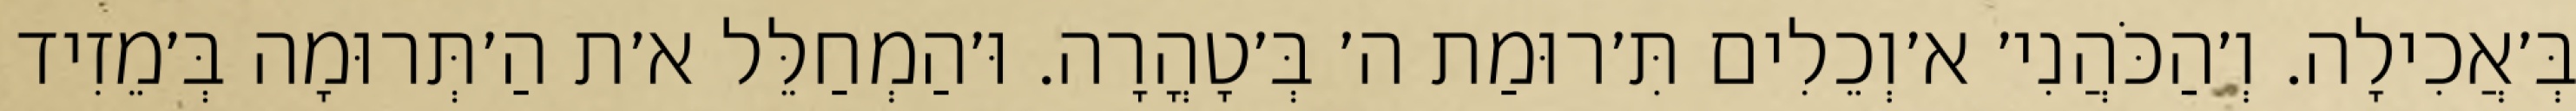
בְּ׳אֲכִילָה. וְ׳הַכֹּהֲנִי׳ א׳וְכֵלִים תִּ׳רוּמַת ה׳ בְּ׳טָהֳרָה. וּ׳הַמְחַלֵּל א׳ת הַ׳תְּרוּמָה בְּ׳מֵזִיד